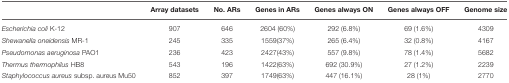
|  | Array datasets | No. ARs | Genes in ARs | Genes always ON | Genes always OFF | Genome size |
 | --- | --- | --- | --- | --- | --- | --- |
 | Escherichia coli K-12 | 907 | 646 | 2604 (60%) | 292 (6.8%) | 69 (1.6%) | 4309 |
 | Shewanella oneidensis MR-1 | 245 | 335 | 1559(37%) | 265 (6.4%) | 32 (0.8%) | 4167 |
 | Pseudomonas aeruginosa PAO1 | 236 | 423 | 2427(43%) | 557 (9.8%) | 78 (1.4%) | 5682 |
 | Thermus thermophilus HB8 | 543 | 196 | 1422(63%) | 692 (30.9%) | 27 (1.2%) | 2239 |
 | Staphylococcus aureus subsp. aureus Mu50 | 852 | 397 | 1749(63%) | 447 (16.1%) | 28 (1%) | 2770 |